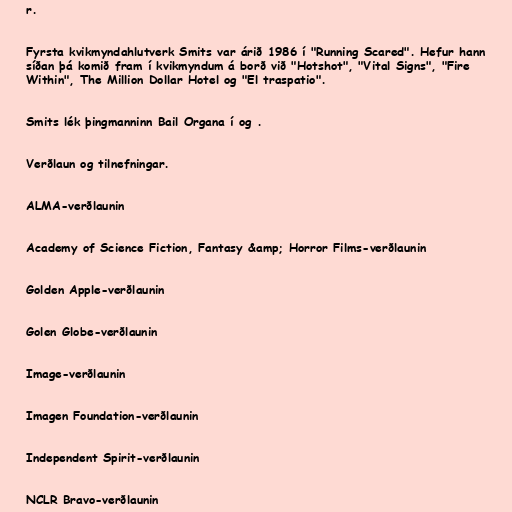
r.

Fyrsta kvikmyndahlutverk Smits var árið 1986 í "Running Scared". Hefur hann
síðan þá komið fram í kvikmyndum á borð við "Hotshot", "Vital Signs", "Fire
Within", The Million Dollar Hotel og "El traspatio".

Smits lék þingmanninn Bail Organa í og .

Verðlaun og tilnefningar.

ALMA-verðlaunin

Academy of Science Fiction, Fantasy &amp; Horror Films-verðlaunin

Golden Apple-verðlaunin

Golen Globe-verðlaunin

Image-verðlaunin

Imagen Foundation-verðlaunin

Independent Spirit-verðlaunin

NCLR Bravo-verðlaunin